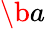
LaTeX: \b{a}